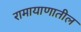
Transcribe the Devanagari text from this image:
रामायाणातील